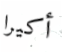
أكيرا